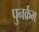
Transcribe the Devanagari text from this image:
पुनर्क्रम